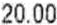
20.00